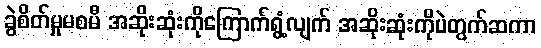
ခွဲစိတ်မှုမစမီ အဆိုးဆုံးကိုကြောက်ရွံ့လျက် အဆိုးဆုံးကိုပဲတွက်ဆကာ